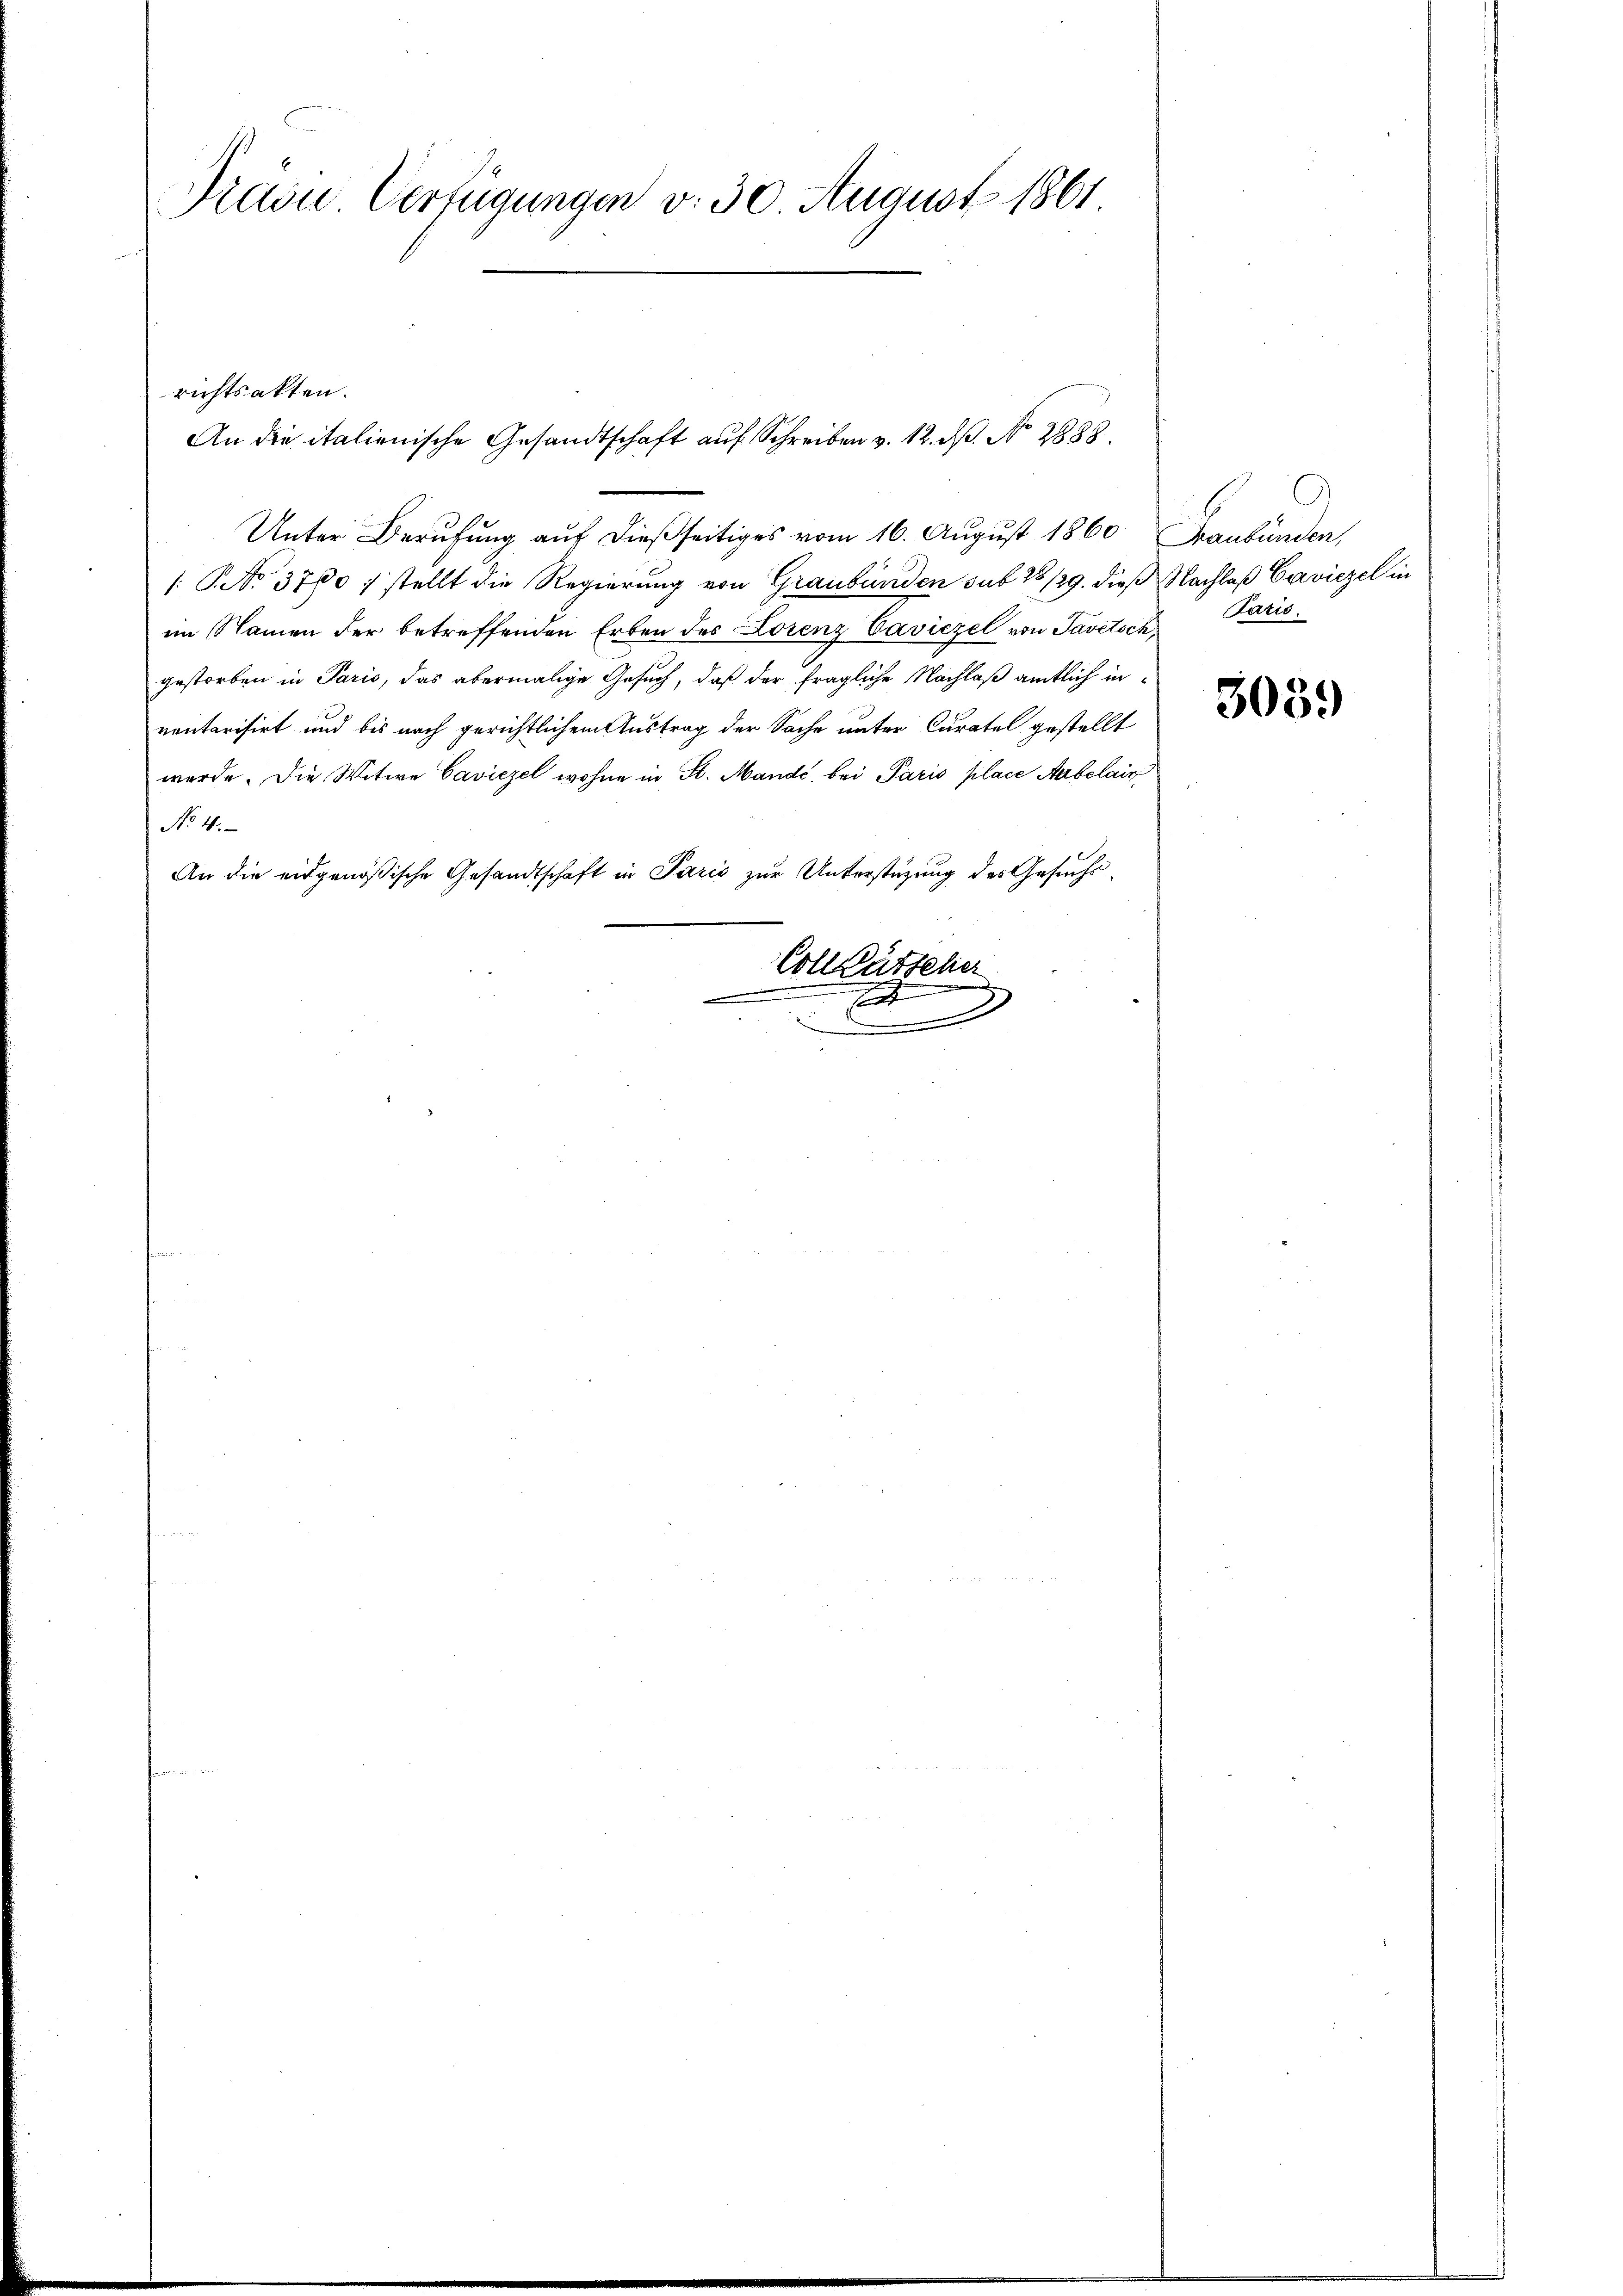
Praou Verfügungen v. 30. August 1861.

richtsakten.
Unter Berufung auf dießseitiges vom 16. August 1860 Frankunden,
/. No 3700 : stellt die Regierung von Graubünden sub 28/29. dieß Nachlaß Caviezel in
im Namen der betreffenden Erben des Lorenz Vaviezel von Savetsch
gestorben in Paris, das abermalige Gesuch, daß der fragliche Nachlaß amtlich inventarisirt und bis nach gerichtlichem Austrag der Sache unter Curatel gestellt
wurde. Die Witwe Caviezel wohne in St. Mande bei Paris place Aarbelais
No 4.
An die eidgenößische Gesandtschaft in Paris zur Unterstüzung des Gesuchs¬
Collgütteler
.
.

An die italienische Gesandtschaft auf Schreiben v. 12. d. No. 2838.

Paris.

3039